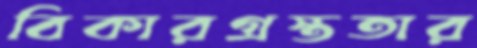
বিকারগ্রস্ততার